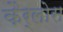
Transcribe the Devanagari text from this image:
कैर्लोस